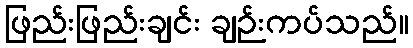
ဖြည်းဖြည်းချင်း ချဉ်းကပ်သည်။